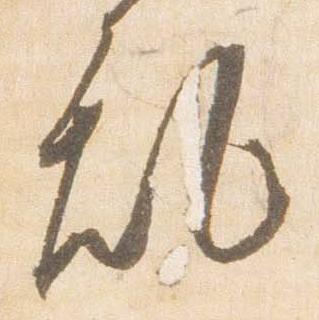
乱